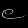
Digit: ၉